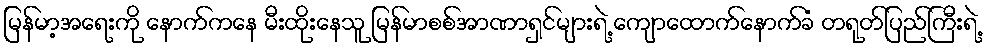
မြန်မာ့အရေးကို နောက်ကနေ မီးထိုးနေသူ မြန်မာစစ်အာဏာရှင်များရဲ့ ကျောထောက်နောက်ခံ တရုတ်ပြည်ကြီးရဲ့